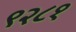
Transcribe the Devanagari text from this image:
९२८१